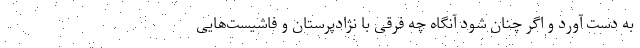
به دست آورد و اگر چنان شود آنگاه چه فرقی با نژادپرستان و فاشیست‌هایی